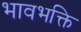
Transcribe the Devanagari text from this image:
भावभक्ति